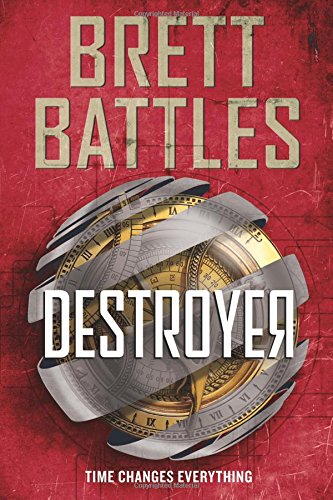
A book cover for Destroyer (Rewinder Series); Brett Battles; Science Fiction & Fantasy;